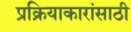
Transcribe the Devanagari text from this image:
प्रक्रियाकारांसाठी